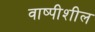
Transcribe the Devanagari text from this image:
वाष्पीशील